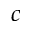
c